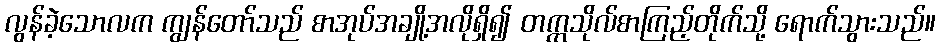
လွန်ခဲ့သောလက ကျွန်တော်သည် စာအုပ်အချို့အလိုရှိ၍ တက္ကသိုလ်စာကြည့်တိုက်သို့ ရောက်သွားသည်။